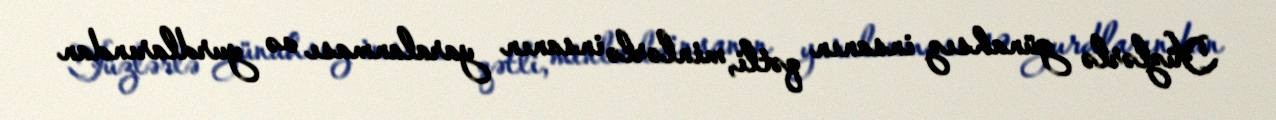
Yüzlərlə günahsız insanın qətli, minlərlə insanın yaralanması və yurdlarından